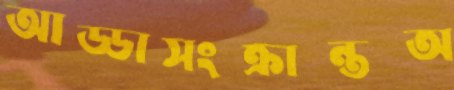
আড্ডাসংক্রান্তঅ